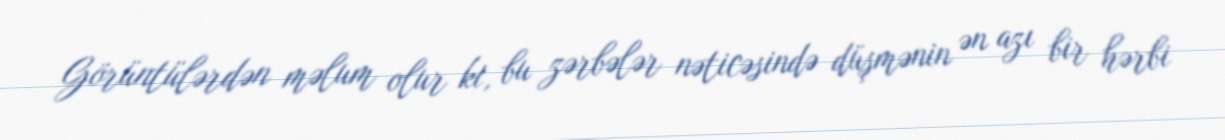
Görüntülərdən məlum olur ki, bu zərbələr nəticəsində düşmənin ən azı bir hərbi